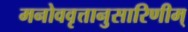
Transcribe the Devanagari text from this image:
मनोववृत्तानुसारिणीम्